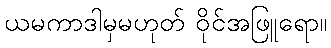
ယမကာဒါမှမဟုတ် ဝိုင်အဖြူရော။